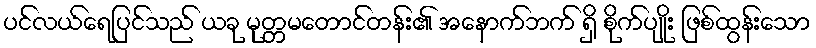
ပင်လယ်ရေပြင်သည် ယခု မုတ္တမတောင်တန်း၏ အနောက်ဘက် ရှိ စိုက်ပျိုး ဖြစ်ထွန်းသော